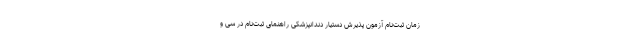
زمان ثبت‌نام آزمون پذیرش دستیار دندانپزشکی راهنمای ثبت‌نام در سی و